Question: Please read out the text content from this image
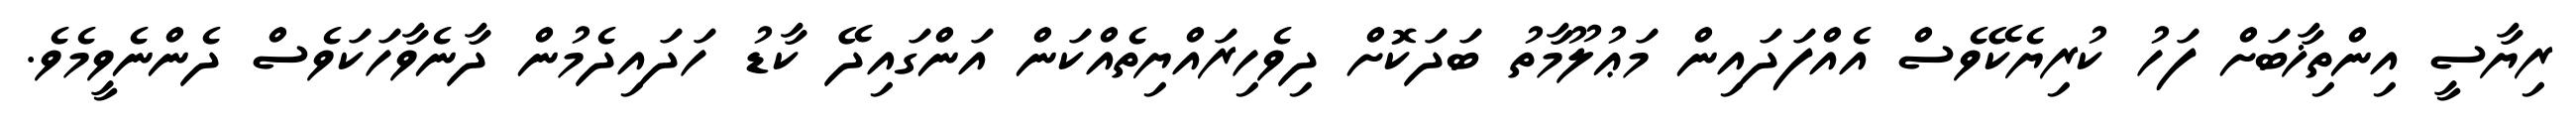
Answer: ރިޔާސީ އިންތިޚާބަށް ފަހު ކުރިޔެކޭވެސް އެއްފަދައިން މަޢުލޫމާތު ބަދަކޮށް ދިވެހިރައްޔިތެއްކަން އަންގައިދޭ ކާޑު ހަދައިދެމުން ދާނެވާހަކަވެސް ދެންނެވީމެވެ.